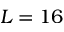
L = 1 6